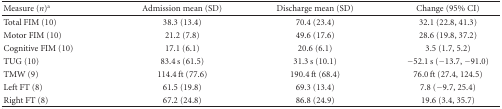
| Measure (n)a | Admission mean (SD) | Discharge mean (SD) | Change (95% CI) |
 | --- | --- | --- | --- |
 | Total FIM (10) | 38.3 (13.4) | 70.4 (23.4) | 32.1 (22.8, 41.3) |
 | Motor FIM (10) | 21.2 (7.8) | 49.6 (17.6) | 28.6 (19.8, 37.2) |
 | Cognitive FIM (10) | 17.1 (6.1) | 20.6 (6.1) | 3.5 (1.7, 5.2) |
 | TUG (10) | 83.4 s (61.5) | 31.3 s (10.1) | −52.1 s (−13.7, −91.0) |
 | TMW (9) | 114.4 ft (77.6) | 190.4 ft (68.4) | 76.0 ft (27.4, 124.5) |
 | Left FT (8) | 61.5 (19.8) | 69.3 (13.4) | 7.8 (−9.7, 25.4) |
 | Right FT (8) | 67.2 (24.8) | 86.8 (24.9) | 19.6 (3.4, 35.7) |